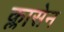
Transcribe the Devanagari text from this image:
क्लासेन